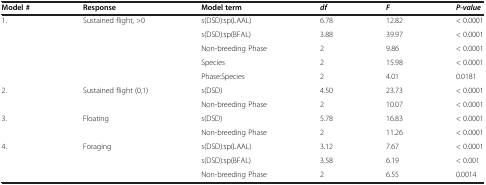
<table><thead><tr><td><b>Model #</b></td><td><b>Response</b></td><td><b>Model term</b></td><td><b><i>df</i></b></td><td><b><i>F</i></b></td><td><b><i>P-value</i></b></td></tr></thead><tbody><tr><td>1.</td><td>Sustained flight, &gt;0</td><td>s(DSD):sp(LAAL)</td><td>6.78</td><td>12.82</td><td>&lt; 0.0001</td></tr><tr><td></td><td></td><td>s(DSD):sp(BFAL)</td><td>3.88</td><td>39.97</td><td>&lt; 0.0001</td></tr><tr><td></td><td></td><td>Non-breeding Phase</td><td>2</td><td>9.86</td><td>&lt; 0.0001</td></tr><tr><td></td><td></td><td>Species</td><td>2</td><td>15.98</td><td>&lt; 0.0001</td></tr><tr><td></td><td></td><td>Phase:Species</td><td>2</td><td>4.01</td><td>0.0181</td></tr><tr><td>2.</td><td>Sustained flight (0,1)</td><td>s(DSD)</td><td>4.50</td><td>23.73</td><td>&lt; 0.0001</td></tr><tr><td></td><td></td><td>Non-breeding Phase</td><td>2</td><td>10.07</td><td>&lt; 0.0001</td></tr><tr><td>3.</td><td>Floating</td><td>s(DSD)</td><td>5.78</td><td>16.83</td><td>&lt; 0.0001</td></tr><tr><td></td><td></td><td>Non-breeding Phase</td><td>2</td><td>11.26</td><td>&lt; 0.0001</td></tr><tr><td>4.</td><td>Foraging</td><td>s(DSD):sp(LAAL)</td><td>3.12</td><td>7.67</td><td>&lt; 0.0001</td></tr><tr><td></td><td></td><td>s(DSD):sp(BFAL)</td><td>3.58</td><td>6.19</td><td>&lt; 0.001</td></tr><tr><td></td><td></td><td>Non-breeding Phase</td><td>2</td><td>6.55</td><td>0.0014</td></tr></tbody></table>